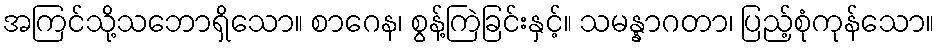
အကြင်သို့သဘောရှိသော။ စာဂေန၊ စွန့်ကြဲခြင်းနှင့်။ သမန္နာဂတာ၊ ပြည့်စုံကုန်သော။